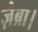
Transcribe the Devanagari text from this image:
ज़ेब्रा।